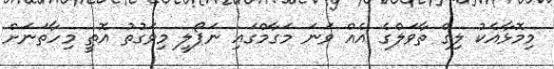
މިމޮޅާއެކު ލިގް ތާވަލްގެ އެއް ވަނަ މަގާމްގައި ނަޕޯލީ މިވަގުތު އޮތީ މިހާތަނަށް